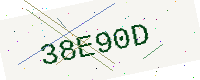
Text: 38E90D